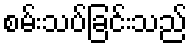
စမ်းသပ်ခြင်းသည်